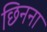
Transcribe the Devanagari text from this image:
छिनना